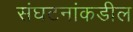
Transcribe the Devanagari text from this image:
संघटनांकडील